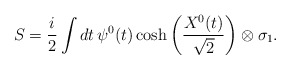
\begin{align*} S=\frac{i}{2}\int dt\, \psi^0(t)\cosh\left(\frac{X^0(t)}{\sqrt{2}}\right)\otimes\sigma_1.\end{align*}